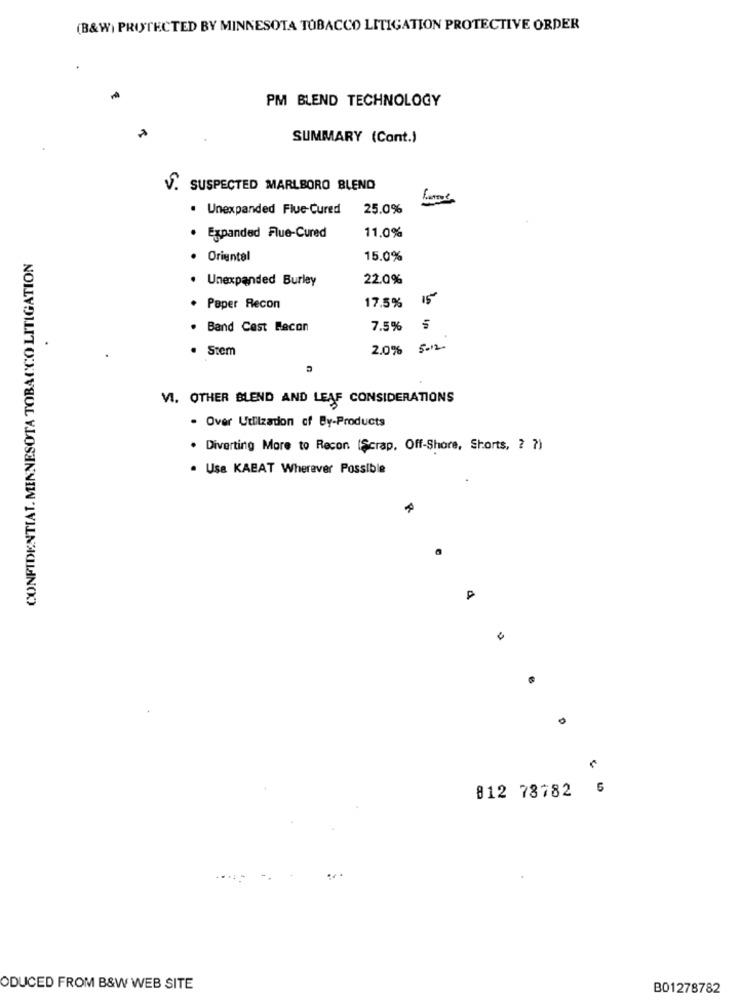
(B&W) PROTECTED BY MINNESOTA TOBACCO LITIGATION PROTECTIVE ORDER
PM BLEND TECHNOLOGY
SUMMARY (Cont.)
V. SUSPECTED MARLBORO BLEND
. Unexpanded Flue-Cured
25.0%
11.0%
· Expanded Flue-Cured
CONFIDENTIAL. MINNESOTA TOBACCO LITIGATION
· Oriental
15.0%
. Unexpanded Burley
22.0%
15
. Paper Recon
17.5%
. Band Cest Bacon
7.5% §
. Stem
2.0% 5-12
VI. OTHER BLEND AND LEAF CONSIDERATIONS
. Over Utilzadon of By-Products
. Diverting More to Recon (Scrap, Off-Shore, Shorts, 2 7)
. Use KABAT Wherever Possible
812 78782
ODUCED FROM B&W WEB SITE
B01278782